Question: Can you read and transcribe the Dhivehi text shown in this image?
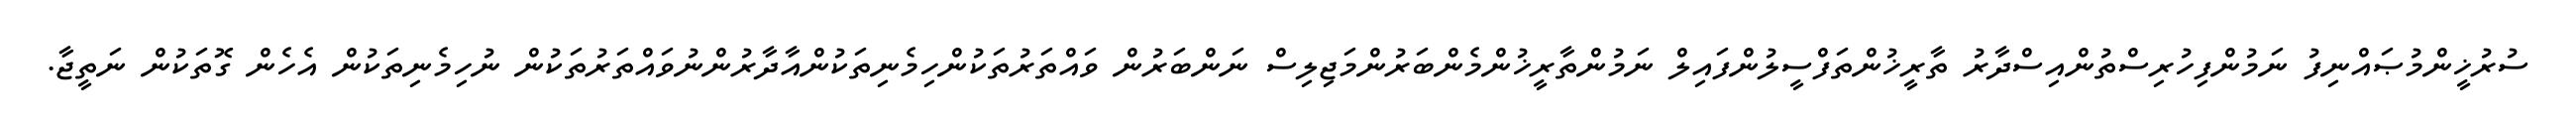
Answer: ސުރުޚީންމުޞައްނިފު ނަމުންފިހުރިސްތުންއިސްދާރު ތާރީޚުންތަފްސީލުންފައިލް ނަމުންތާރީޚުންމެންބަރުންމަޖިލިސް ނަންބަރުން ވައްތަރުތަކުންހިމެނިތަކުންއާދާރުންނުވައްތަރުތަކުން ނުހިމެނިތަކުން އެހެން ގޮތަކުން ނަތީޖާ.